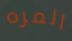
المره